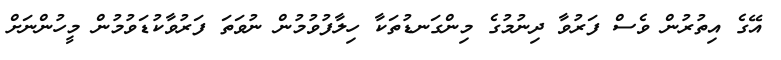
އޭގެ އިތުރުން ވެސް ފަރުވާ ދިނުމުގެ މިންގަނޑުތަކާ ހިލާފުވުމުން ނުވަތަ ފަރުވާކުޑަވުމުން މީހުންނަށް